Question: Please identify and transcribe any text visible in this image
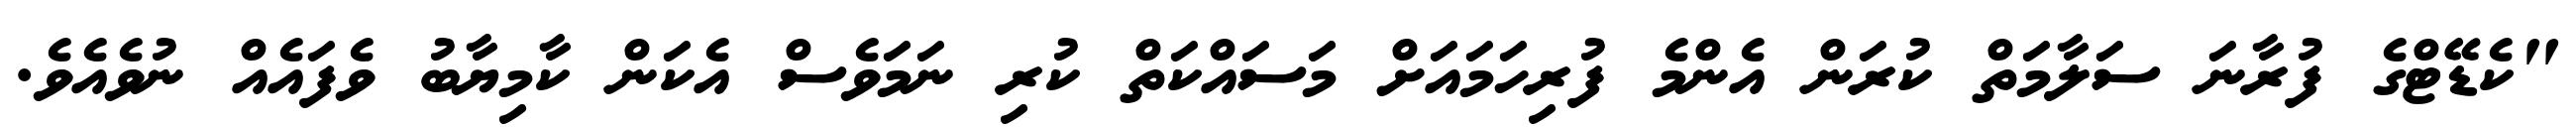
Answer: "ކެޑޭޓްގެ ފުރާނަ ސަލާމަތް ކުރަން އެންމެ ފުރިހަމައަށް މަސައްކަތް ކުރި ނަމަވެސް އެކަން ކާމިޔާބު ވެފައެއް ނުވެއެވެ.